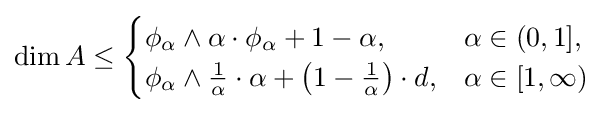
\dim A\leq {\begin{cases}\phi _{\alpha }\wedge \alpha \cdot \phi _{\alpha }+1-\alpha ,&\alpha \in (0,1],\\\phi _{\alpha }\wedge {\frac {1}{\alpha }}\cdot \alpha +\left(1-{\frac {1}{\alpha }}\right)\cdot d,&\alpha \in [1,\infty )\end{cases}}